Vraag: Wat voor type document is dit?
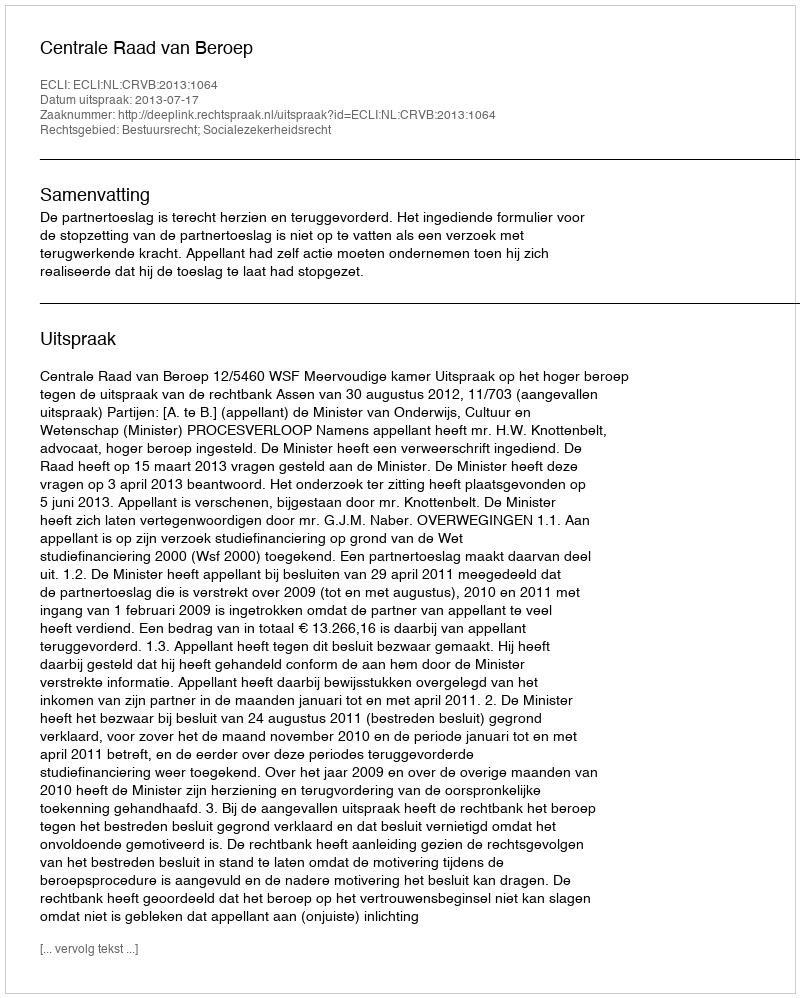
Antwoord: Uitspraak